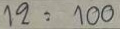
12 = 100